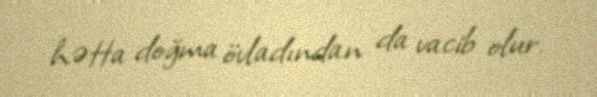
hətta doğma övladından da vacib olur.